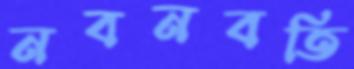
নবনবতি